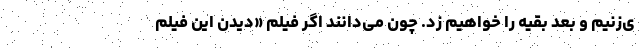
ی‌زنیم و بعد بقیه را خواهیم زد. چون می‌دانند اگر فیلم «دیدن این فیلم